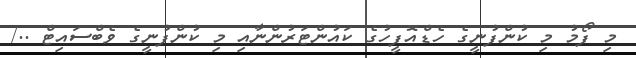
މި ފޯމު މި ކުންފުނީގެ ހެޑްއޮފީހުގެ ކައުންޓަރުންނާއި މި ކުންފުނީގެ ވެބްސައިޓް ../